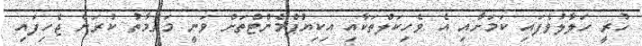
ހުރީ ހަލާލުވެފައި ކަމަށާއި އެ ވެހިކަލްތަކާއި އިކިޔުޕްމެންޓްތަށް ވަނީ މަރާމާތު ކުރަން ޖެހިފައި